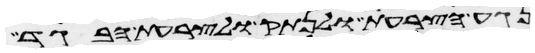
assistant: נגע הצרעת ולנתק ולצרעת הבגד